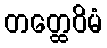
တတ္ထေဝိမံ